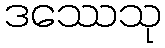
ဒဿေသု